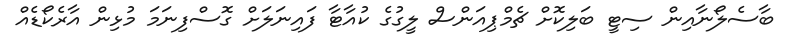
ބާސެލޯނާއިން ސިޓީ ބަލިކޮށް ޗެމްޕިއަންސް ލީގުގެ ކުއާޓާ ފައިނަލަށް ގޮސްފިނަމަ މުޅިން އާރެކޯޑެއް